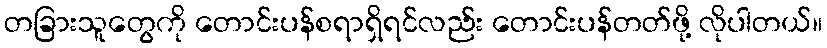
တခြားသူတွေကို တောင်းပန်စရာရှိရင်လည်း တောင်းပန်တတ်ဖို့ လိုပါတယ်။